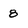
Character: 8